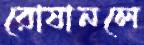
রোষানলে